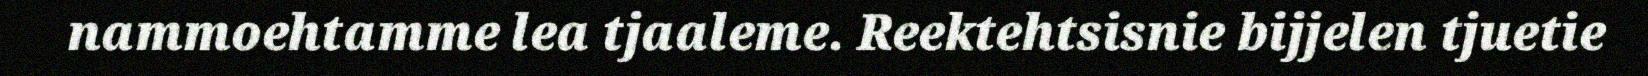
nammoehtamme lea tjaaleme. Reektehtsisnie bijjelen tjuetie